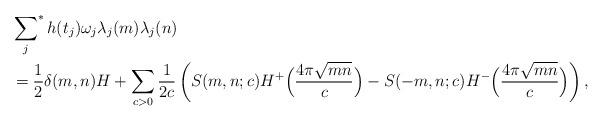
LaTeX: \begin{align*} &\sideset{}{^*} \sum_j h(t_j) \omega_j \lambda_j(m) \lambda_j(n) \\ &= \frac{1}{2} \delta(m, n) H + \sum_{c > 0} \frac{1}{2 c} \left ( S(m, n; c) H^+\Bigl ( \frac{4 \pi \sqrt{m n}}{c} \Bigr ) - S(-m, n; c) H^- \Bigl ( \frac{4 \pi \sqrt{m n}}{c} \Bigr ) \right ),\end{align*}